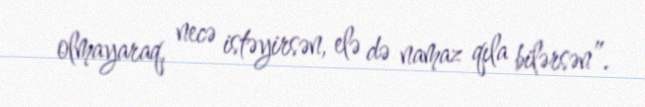
olmayaraq, necə istəyirsən, elə də namaz qıla bilərsən”.